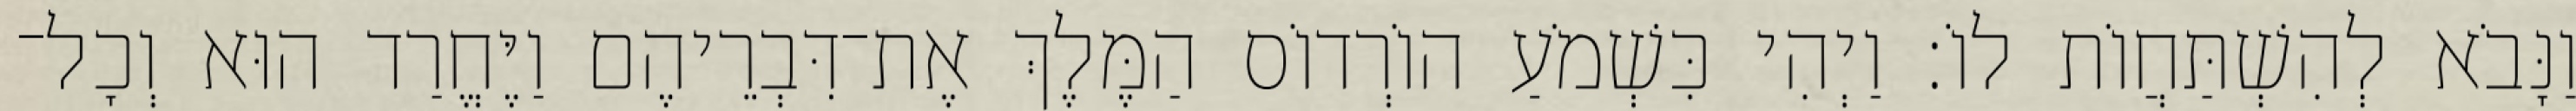
וַנָּבֹא לְהִשְׁתַּחֲוֹת לוֹ׃ וַיְהִי כִּשְׁמֹעַ הוֹרְדוֹס הַמֶּלֶךְ אֶת־דִּבְרֵיהֶם וַיֶּחֱרַד הוּא וְכָל־